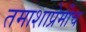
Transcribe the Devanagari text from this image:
तमाशाप्रेमीच